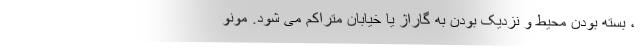
، بسته بودن محیط و نزدیک بودن به گاراژ یا خیابان متراکم می شود. مونو